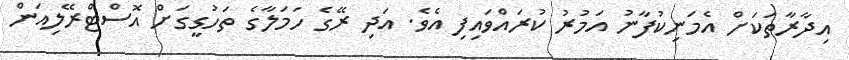
އިދާރާތަކަށް އެމަނިކުފާނު އަމުރު ކުރައްވައިފި އެވެ. އަދި ރޭގެ ހަމަލާގެ ތަހުގީގަށް އޮސްޓްރޭލިއަން